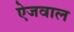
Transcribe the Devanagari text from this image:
ऐजवाल